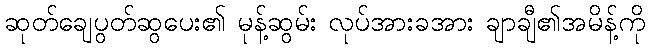
ဆုတ်ချေပွတ်ဆွပေး၏ မုန့်ဆွမ်း လုပ်အားခအား ချာချီ၏အမိန့်ကို